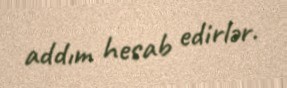
addım hesab edirlər.